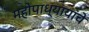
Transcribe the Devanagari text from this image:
महोपाध्यायांचे